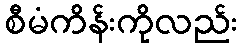
စီမံကိန်းကိုလည်း